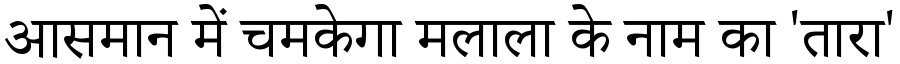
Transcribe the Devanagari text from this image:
आसमान में चमकेगा मलाला के नाम का 'तारा'